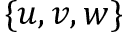
\{ u , v , w \}